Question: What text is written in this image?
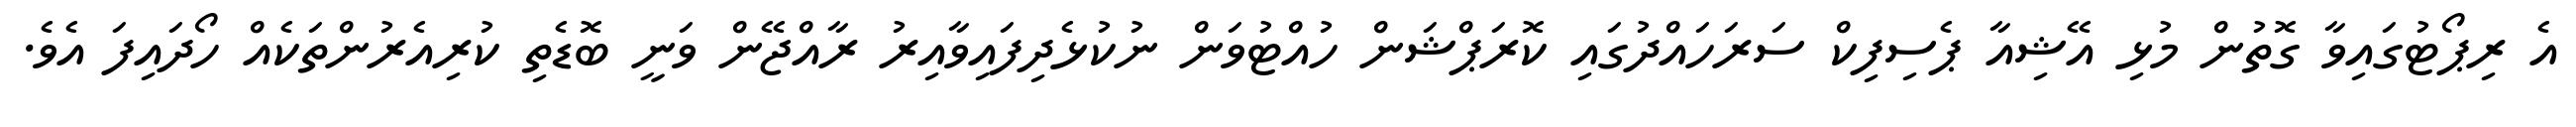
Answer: އެ ރިޕޯޓުގައިވާ ގޮތުން މުޅި އޭޝިއާ ޕެސިފިކް ސަރަހައްދުގައި ކޮރަޕްޝަން ހުއްޓުވަން ނުކުޅެދިފައިވާއިރު ރާއްޖޭން ވަނީ ބޮޑެތި ކުރިއެރުންތަކެއް ހޯދައިފަ އެވެ.